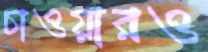
চাওয়ারও